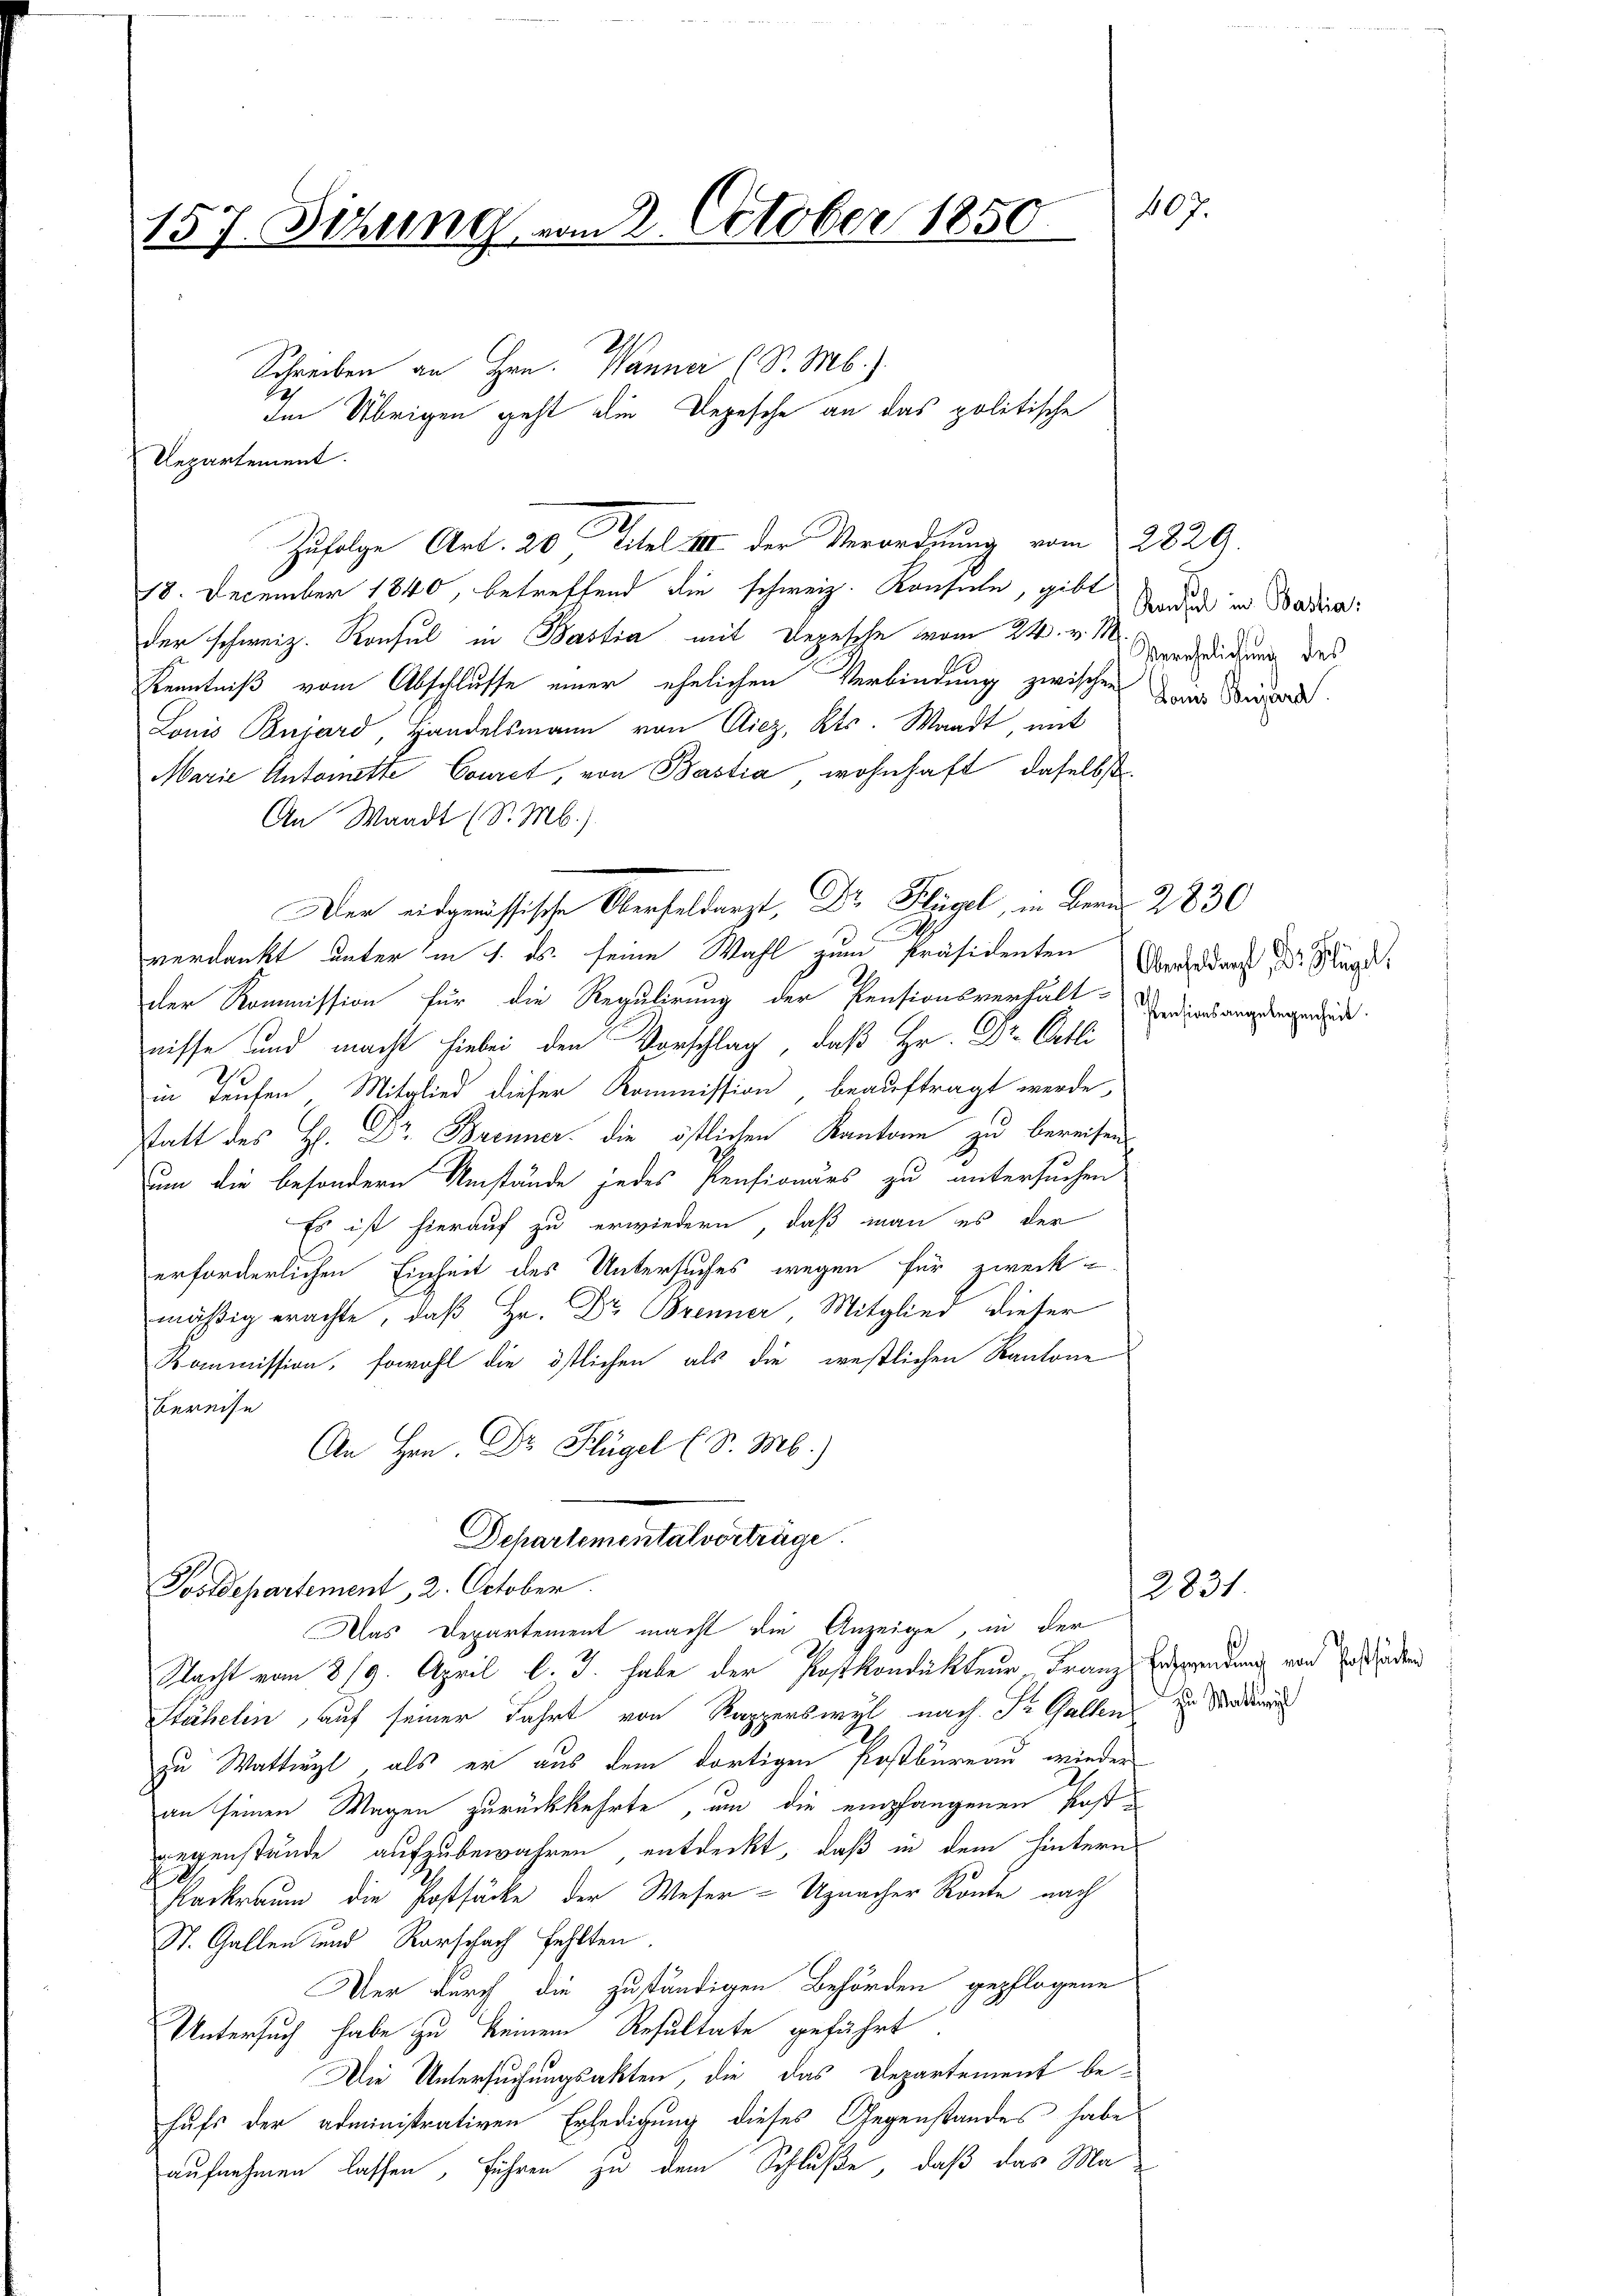
407.
157. Sitzung vom 2. October 1850

Repartement.

Im Übrigen geht die Depesche an das politische

Schreiben an Hrn. Wanner (S. M.)

Zufolge Art. 20 Titel III der Verordnung vom 2829.
18. December 1840, betreffend die schweiz. Konsule, gibt
der schweiz. Konsul in Bastia mit Depesche vom 24. v. M.
Kenntniß vom Abschlusse einer ehelichen Verbindung zwischen Dein Besord
Louis Banjard, Handelsmann von Giez, Kts. Waadt, mit
Marie Antonette Couret, von Bastia, wohnhaft, daselbst
An Waadt (S. M.)
Der eidgenössische Oberfeldarzt, Dr. Flügel, in Bern 2830
A
verdankt unter in 1. ds. seine Wahl zum Präsidenten
der Kommission für die Regulirung der Pensionsverhält-
nisse und macht hiebei den Vorschlag, daß Hr. Dr. Cetli
in Teufen, Mitglied dieser Kommission beauftragt werde,
statt des H. Dr Brenner die östlichen Kantone zu bereisen
um die besondern Umstände jedes Pensionärs zu untersuchen
Es ist hierauf zu erwiedern, daß man es der
erforderlichen Einheit des Untersuches wegen für zweck-
mäßig erachte, daß Hr. Dr Brenner, Mitglied dieser
Kommission, sowohl die östlichen als die westlichen Kantone
bereise
An Hrn. Dr Flügel (S. M.)
Departemental vorträge.
Postdepartement 2. October
Das Departement macht die Anzeige, in der
Nacht vom 8/9. April l. J. habe der Postkondukteur, Franz Erzwendung von des anden
Stähelin, auf seiner Fahrt von Kapperswyl nach St. Gallen zu Stad
zu Wattwyl, als er aus dem dortigen Postbureau wieder
an seinen Wagen zurückkehrte, um die empfangenen Postgegenstände aufzubewahren, entdeckt, daß in dem hintern
Karkraum die Postsäcke der Weser - Uznacher Konte nach
St. Gallen und Karschach fehlten.
Der durch die zuständigen Behörden gepflogene
Untersuch habe zu keinem Resultate geführt
Die Untersuchungsakten, die das Departement behufs der administrativen Erledigung dieses Gegenstandes habe
aufnehmen lassen, führen zu dem Schluße, daß das Ma¬

Konsul in Bastia:
Verehelichung des

Obergelangt, der Klägerl.
Pensionsangelegenheit.

2831.